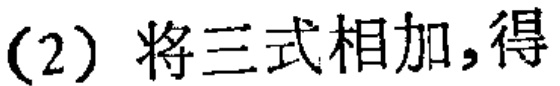
(2) 将三式相加,得